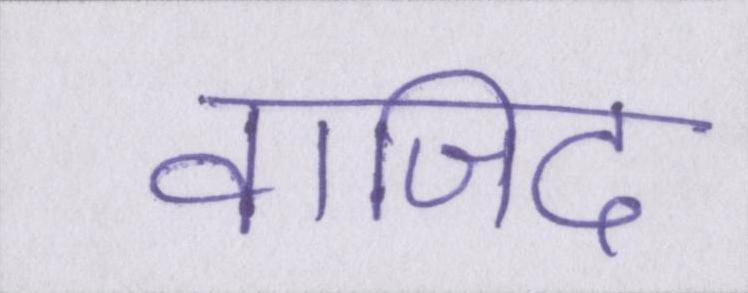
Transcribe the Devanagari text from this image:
वाजिद